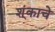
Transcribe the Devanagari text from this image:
श्ंकाचे